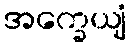
အက္ခေယျံ